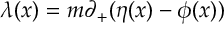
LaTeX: { \lambda } ( x ) = m { \partial } _ { + } ( { \eta } ( x ) - { \phi } ( x ) )